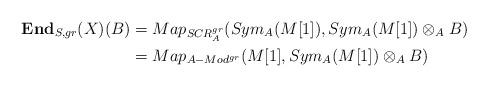
LaTeX: \begin{align*}\textbf{End}_{S,gr}(X)(B)&= Map_{SCR^{gr}_A}(Sym_A(M[1]),Sym_A(M[1]) \otimes_A B)\\&= Map_{A-Mod^{gr}}(M[1],Sym_A(M[1]) \otimes_A B)\end{align*}